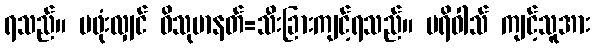
ရသည်။ မဖုံးလျှင် ဝိသုမာနတ်=သီးခြားကျင့်ရသည်။ ပရိဝါသ် ကျင့်သူအား